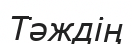
Тәждің